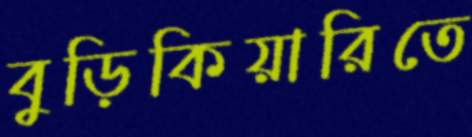
বুড়িকিয়ারিতে